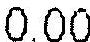
0.00